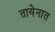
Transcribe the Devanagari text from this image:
तायेनात